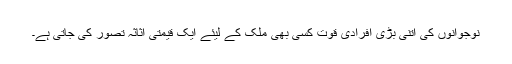
نوجوانوں کی اتنی بڑی افرادی قوت کسی بھی ملک کے لیئے ایک قیمتی اثاثہ تصور کی جاتی ہے۔